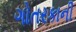
ગોતરકાની